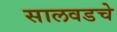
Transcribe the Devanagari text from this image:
सालवडचे